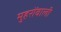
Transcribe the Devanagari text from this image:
मुहरोंवाली